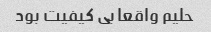
حلیم واقعا بی کیفیت بود